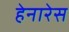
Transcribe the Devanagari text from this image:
हेनारेस